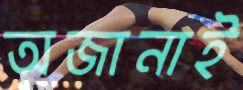
অজানাই